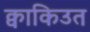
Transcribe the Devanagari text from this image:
क्वाकिउत